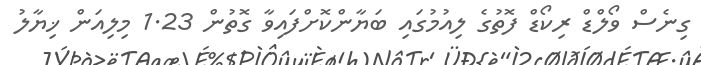
ގިނެސް ވޯލްޑް ރިކޯޑް ފޮތުގެ ލިއުމުގައި ބަޔާންކޮށްފައިވާ ގޮތުން 1.23 މިލިއަން ޚިޔާލު